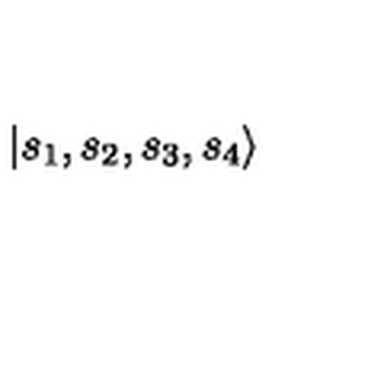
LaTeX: | { s _ { 1 } , s _ { 2 } , s _ { 3 } , s _ { 4 } } \rangle